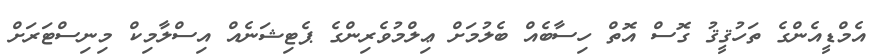
އެމްޑީއެންގެ ތަހުޤީޤު ގޮސް އޮތް ހިސާބެއް ބެލުމަށް ޢިލްމުވެރިންގެ ޕެޓިޝަނެއް އިސްލާމިކް މިނިސްޓަރަށް